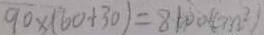
9 0 \times ( 6 0 + 3 0 ) = 8 1 0 0 ( c m ^ { 2 } )